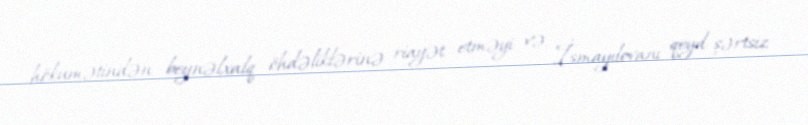
hökumətindən beynəlxalq öhdəliklərinə riayət etməyi və İsmayılovanı qeyd-şərtsiz